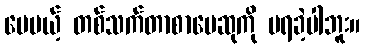
ပေမယ့် တစ်သက်တာစာပေဆုကို မရခဲ့ပါဘူး။